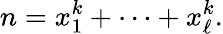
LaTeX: n=x_{1}^{k}+\cdots+x_{\ell}^{k}.